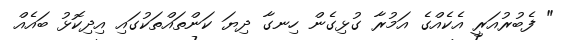
" ފެބުރުއަރީ އެކެއްގެ އަމުރާ ގުޅިގެން ހިނގާ ދިޔަ ކަންތައްތަކުގައި އިދިކޮޅު ބައެއް